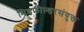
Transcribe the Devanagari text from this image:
मिडफील्डरसंयुक्त